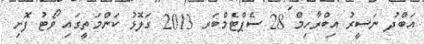
އަބްދު ނަސީރު އިބްރާހިމް 28 ސެޕްޓެމްބަރ 2013 ގަލޮޅު ކަންމަތީގައި ވޯޓު ފޮށި